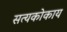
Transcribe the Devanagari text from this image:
सत्यकोकाय